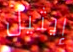
إيثيل